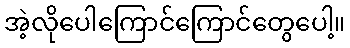
အဲ့လိုပေါကြောင်ကြောင်တွေပေါ့။